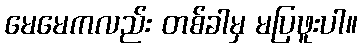
မေမေကလည်း တစ်ခါမှ မပြဖူးပါ။